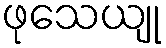
ဖုသေယျု